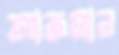
আজমাল